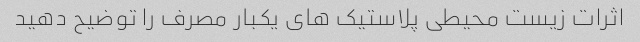
اثرات زیست محیطی پلاستیک های یکبار مصرف را توضیح دهید